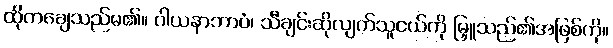
ထိုကချေသည်မ၏။ ဂါယနာဘာဝံ၊ သီချင်းဆိုလျက်သူငယ်ကို မြှူသည်၏အဖြစ်ကို။